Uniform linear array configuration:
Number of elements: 24
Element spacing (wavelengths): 0.5
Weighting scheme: uniform
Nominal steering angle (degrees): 30
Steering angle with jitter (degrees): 30.772
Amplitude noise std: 0.05
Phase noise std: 0.05

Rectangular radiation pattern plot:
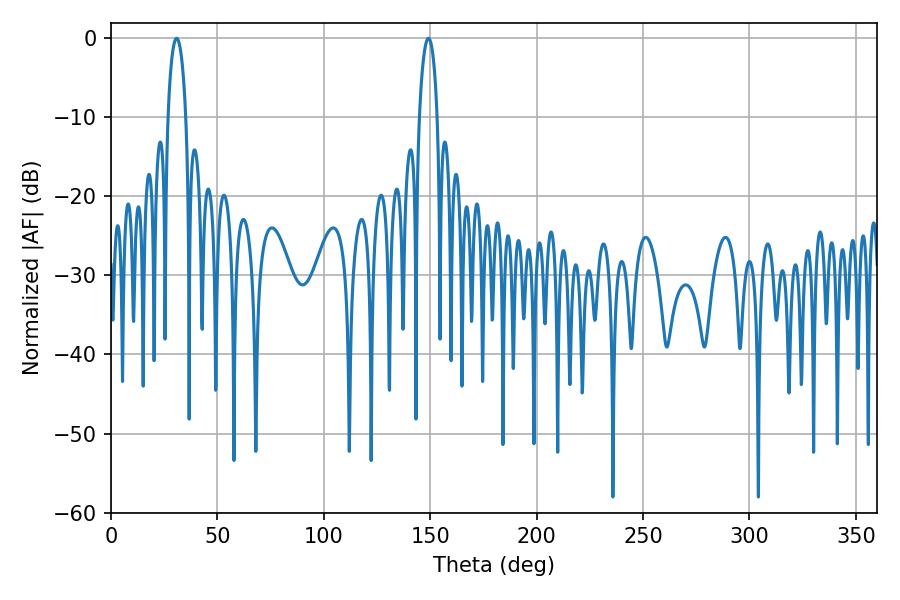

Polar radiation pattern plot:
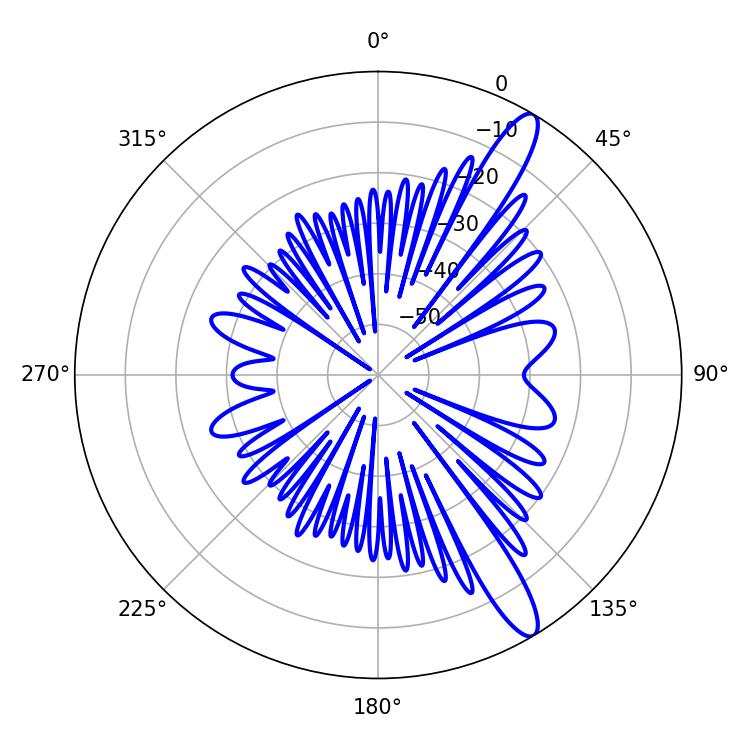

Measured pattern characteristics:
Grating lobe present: FALSE
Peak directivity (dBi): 13.086
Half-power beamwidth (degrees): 4.86
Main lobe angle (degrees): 30.78